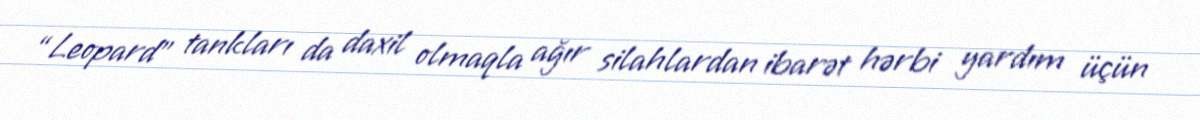
“Leopard” tankları da daxil olmaqla ağır silahlardan ibarət hərbi yardım üçün